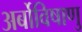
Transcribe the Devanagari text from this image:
अर्बोविषाणु